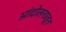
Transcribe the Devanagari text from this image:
आंदोलनातून